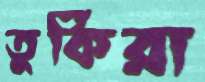
তুর্কিরা